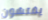
يفتشون